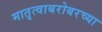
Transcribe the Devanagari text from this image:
मातृत्वाबरोबरच्या